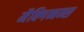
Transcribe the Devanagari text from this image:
मैक्गिब्बन्स